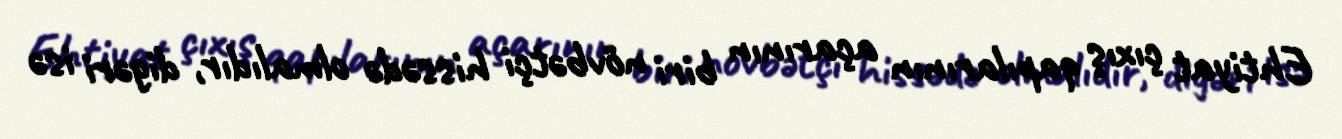
Ehtiyat çıxış qapılarının açarının biri növbətçi hissədə olmalıdır, digəri isə